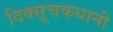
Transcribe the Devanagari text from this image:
दिक्सूचकधानी